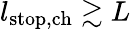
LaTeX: l_{\mathrm{stop,ch}}\gtrsim L